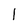
Character: l